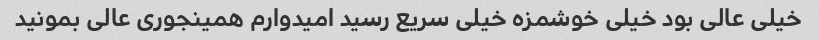
خیلی عالی بود خیلی خوشمزه خیلی سریع رسید امیدوارم همینجوری عالی بمونید